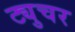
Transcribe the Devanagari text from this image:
ट्युचर